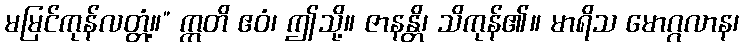
မမြင်ကုန်လတ္တံ့။” ဣတိ ဧဝံ၊ ဤသို့။ ဇာနန္တိ၊ သိကုန်၏။ မာရိသ မောဂ္ဂလာန၊